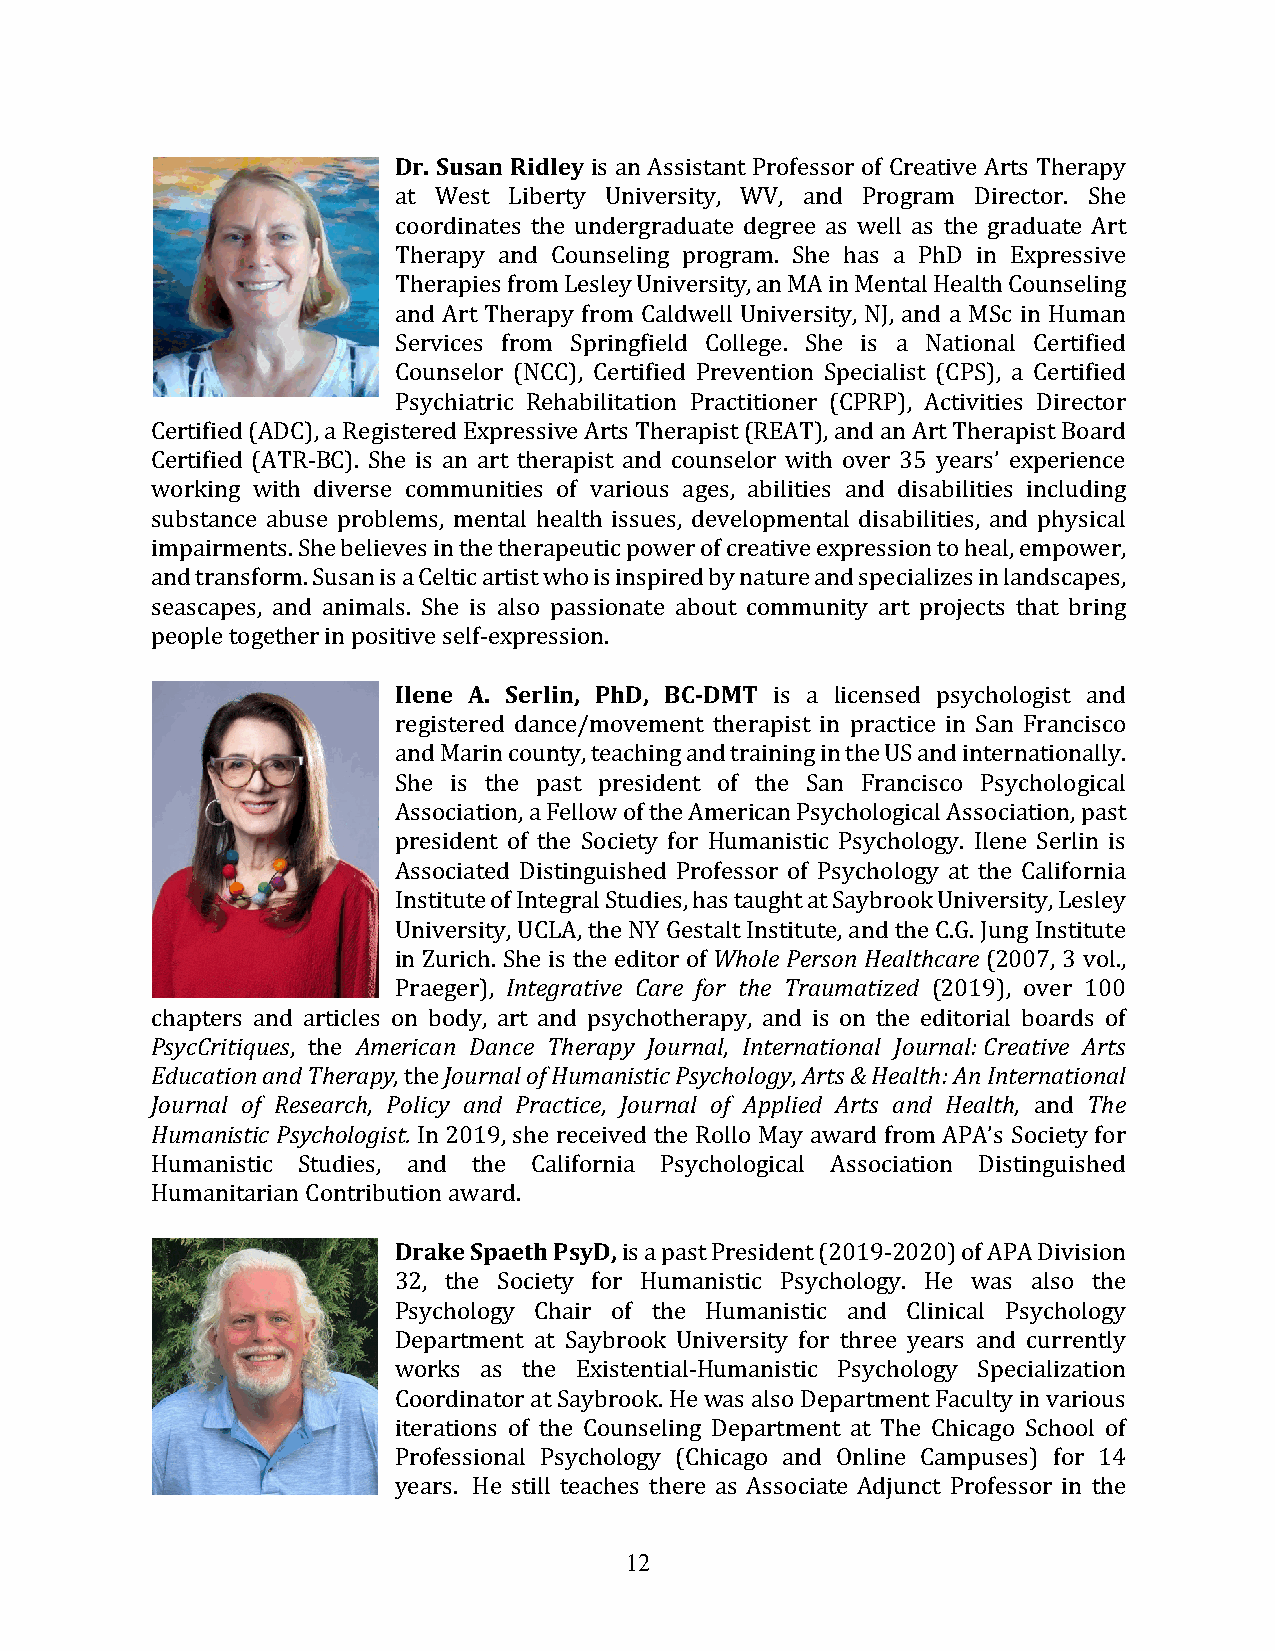
Dr. Susan Ridley is an Assistant Professor of Creative Arts Therapy
 at West Liberty University, WV, and Program Director. She
 coordinates the undergraduate degree as well as the graduate Art
 Therapy and Counseling program. She has a PhD in Expressive
 Therapies from Lesley University, an MA in Mental Health Counseling
 and Art Therapy from Caldwell University, NJ, and a MSc in Human
 Services from Springfield College. She is a National Certified
 Counselor (NCC), Certified Prevention Specialist (CPS), a Certified
 Psychiatric Rehabilitation Practitioner (CPRP), Activities Director
 Certified (ADC), a Registered Expressive Arts Therapist (REAT), and an Art Therapist Board
 Certified (ATR-BC). She is an art therapist and counselor with over 35 years’ experience
 working with diverse communities of various ages, abilities and disabilities including
 substance abuse problems, mental health issues, developmental disabilities, and physical
 impairments. She believes in the therapeutic power of creative expression to heal, empower,
 and transform. Susan is a Celtic artist who is inspired by nature and specializes in landscapes,
 seascapes, and animals. She is also passionate about community art projects that bring
 people together in positive self-expression.
 Ilene A. Serlin, PhD, BC-DMT is a licensed psychologist and
 registered dance/movement therapist in practice in San Francisco
 and Marin county, teaching and training in the US and internationally.
 She is the past president of the San Francisco Psychological
 Association, a Fellow of the American Psychological Association, past
 president of the Society for Humanistic Psychology. Ilene Serlin is
 Associated Distinguished Professor of Psychology at the California
 Institute of Integral Studies, has taught at Saybrook University, Lesley
 University, UCLA, the NY Gestalt Institute, and the C.G. Jung Institute
 in Zurich. She is the editor of Whole Person Healthcare (2007, 3 vol.,
 Praeger), Integrative Care for the Traumatized (2019), over 100
 chapters and articles on body, art and psychotherapy, and is on the editorial boards of
 PsycCritiques, the American Dance Therapy Journal, International Journal: Creative Arts
 Education and Therapy, the Journal of Humanistic Psychology, Arts & Health: An International
 Journal of Research, Policy and Practice, Journal of Applied Arts and Health, and The
 Humanistic Psychologist. In 2019, she received the Rollo May award from APA’s Society for
 Humanistic Studies, and the California Psychological Association Distinguished
 Humanitarian Contribution award.
 Drake Spaeth PsyD, is a past President (2019-2020) of APA Division
 32, the Society for Humanistic Psychology. He was also the
 Psychology Chair of the Humanistic and Clinical Psychology
 Department at Saybrook University for three years and currently
 works as the Existential-Humanistic Psychology Specialization
 Coordinator at Saybrook. He was also Department Faculty in various
 iterations of the Counseling Department at The Chicago School of
 Professional Psychology (Chicago and Online Campuses) for 14
 years. He still teaches there as Associate Adjunct Professor in the
 12